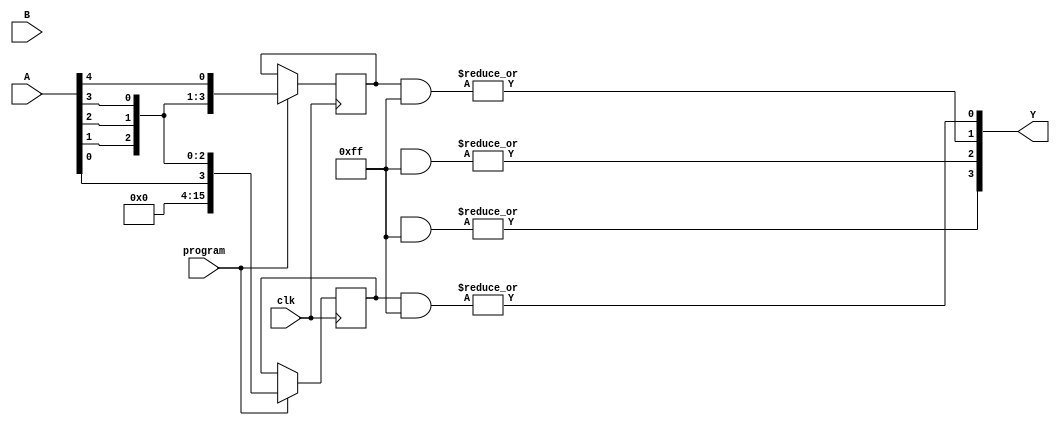
module FlashProgrammablePAL (
    input wire [N-1:0] A,       // N input signals
    input wire [M-1:0] B,       // M control signals for programming
    input wire program,          // Programming signal
    input wire clk,              // Clock signal
    output wire [P-1:0] Y        // P output signals
);

// Parameters
parameter N = 8;  // Number of inputs
parameter M = 16; // Number of AND gates (programmable)
parameter P = 4;  // Number of outputs

// Programmable AND array
reg [M-1:0] and_out [0:M-1]; // Outputs of AND gates
reg [M-1:0] and_config [0:N-1]; // Configuration for AND gates

// Fixed OR array
genvar i;
generate
    for (i = 0; i < P; i = i + 1) begin : or_gate
        assign Y[i] = |and_out[i]; // Combine outputs of AND gates
    end
endgenerate

// Control logic for programming the AND array
always @(posedge clk) begin
    if (program) begin
        // Load the configuration into the AND gates
        and_config[0] <= {A[0], A[1], A[2], A[3]}; // Example for AND gate 0
        and_config[1] <= {A[1], A[2], A[3], A[4]}; // Example for AND gate 1
        // Additional configuration as needed...
    end
end

// Implementing the AND gates
integer j;
always @(*) begin
    for (j = 0; j < M; j = j + 1) begin
        and_out[j] = and_config[j] & {N{1'b1}}; // AND operation based on configuration
    end
end

endmodule